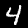
Label: 4